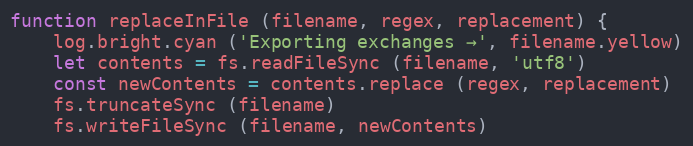
Language: JavaScript
function replaceInFile (filename, regex, replacement) {
    log.bright.cyan ('Exporting exchanges →', filename.yellow)
    let contents = fs.readFileSync (filename, 'utf8')
    const newContents = contents.replace (regex, replacement)
    fs.truncateSync (filename)
    fs.writeFileSync (filename, newContents)